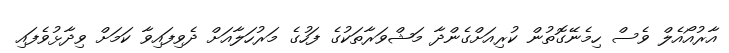
އާރުއޯއެލް ވެސް ހިމެނޭގޮތުން ކުރިއަށްގެންދާ މަޝްވަރާތަކުގެ ފަހުގެ މަރުހަލާއަށް ދެވިފައިވާ ކަަމަށް ވިދާޅުވެފައި